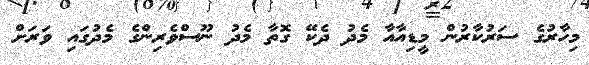
މިހާރުގެ ސަރުކާރުން މީޑިއާއާ މެދު ދެކޭ ގޮތާ މެދު ނޫސްވެރިންގެ މެދުގައި ވަރަށް